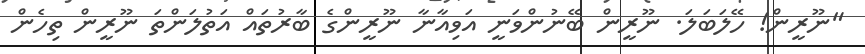
"ނޫރީން! ހޭލަބަލަ. ނޫރީން ބޭނުންވަނީ އަވިއާނާ ނޫރީންގެ ބާރުތައް އަތުލަންތަ ނޫރީން ތިހެން